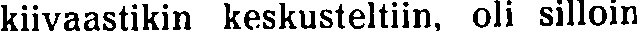
kiivaastikin keskusteltiin, oli silloin